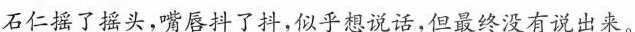
石仁摇了摇头，嘴唇抖了抖，似乎想说话，但最终没有说出来。